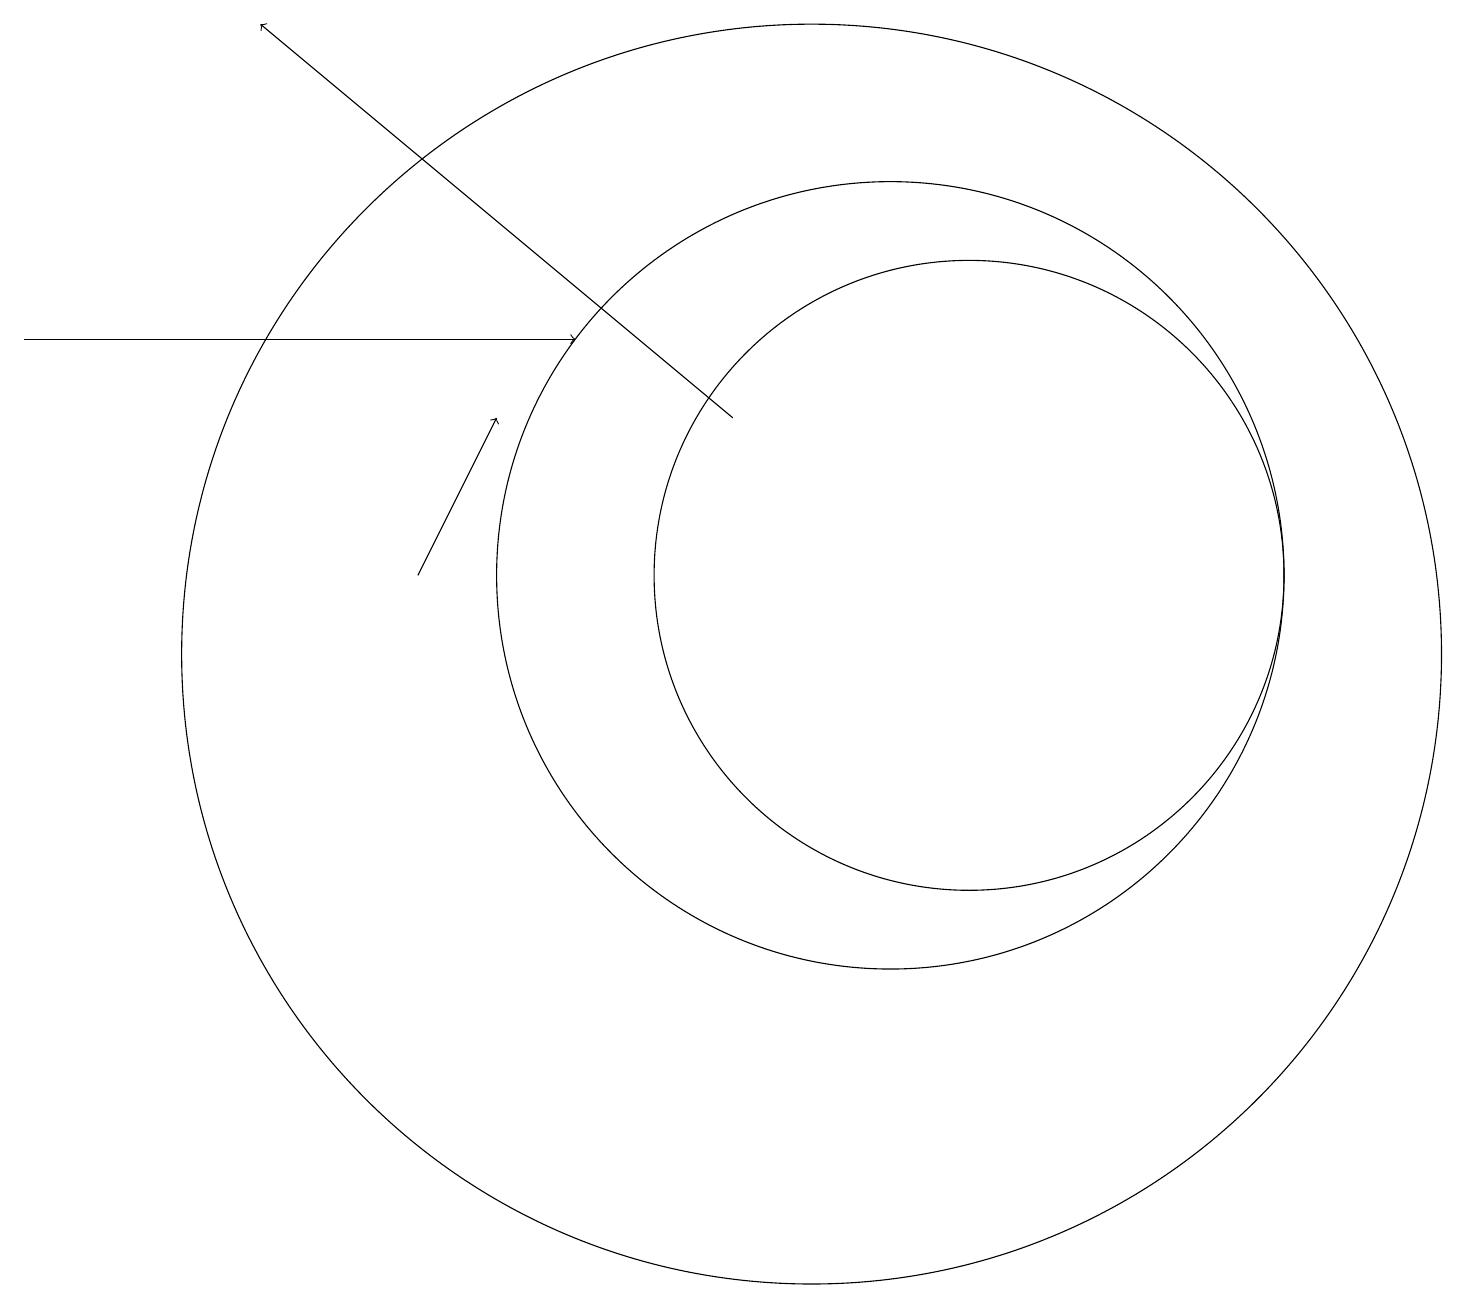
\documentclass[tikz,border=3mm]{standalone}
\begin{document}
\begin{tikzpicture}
\draw[->] (0,15) -- (7,15);
\draw (12,12) circle (4);
\draw (10,11) circle (8);
\draw[->] (5,12) -- (6,14);
\draw[->] (9,14) -- (3,19);
\draw (11,10) circle (0);
\draw (11,12) circle (5);
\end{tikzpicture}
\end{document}